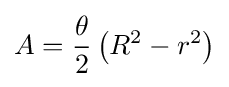
A={\frac {\theta }{2}}\left(R^{2}-r^{2}\right)